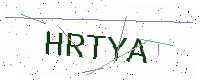
Text: HRTYA